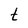
Character: t